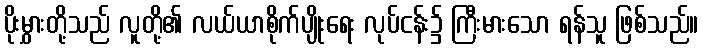
ပိုးမွှားတို့သည် လူတို့၏ လယ်ယာစိုက်ပျိုးရေး လုပ်ငန်း၌ ကြီးမားသော ရန်သူ ဖြစ်သည်။